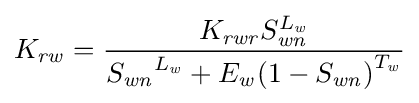
K_{\mathit {rw}}={\frac {{K_{\mathit {rwr}}}S_{\mathit {wn}}^{L_{\mathit {w}}}}{{S_{\mathit {wn}}}^{L_{\mathit {w}}}+{E_{\mathit {w}}}{(1-S_{\mathit {wn}})}^{T_{\mathit {w}}}}}